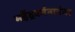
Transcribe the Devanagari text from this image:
महेंद्रवर्मनानंतर